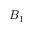
B _ { 1 }